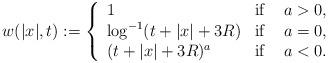
LaTeX: \begin{align*}w(|x|,t):=\left\{\begin{array}{llll}1 &\mbox{if}& \ a>0,\\\log^{-1}(t+|x|+3R) &\mbox{if}& \ a=0,\\(t+|x|+3R)^{a} &\mbox{if}&\ a<0.\\\end{array}\right.\end{align*}